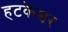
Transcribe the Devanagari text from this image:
हटकेश्वर